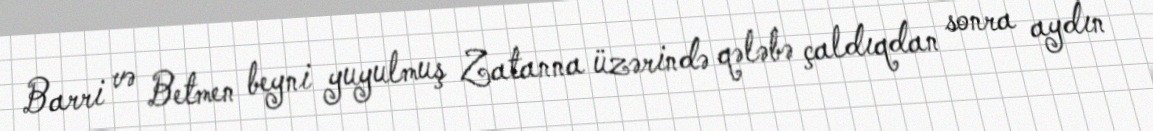
Barri və Betmen beyni yuyulmuş Zatanna üzərində qələbə çaldıqdan sonra aydın